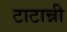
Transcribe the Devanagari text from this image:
टाटान्नी